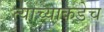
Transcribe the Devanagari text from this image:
त्याच्याकडेच